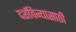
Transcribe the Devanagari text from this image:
दर्शविन्यासाठी